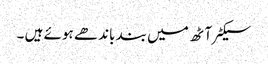
سیکٹر آٹھ میں بند باندھے ہوئے ہیں ۔